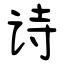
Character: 诗